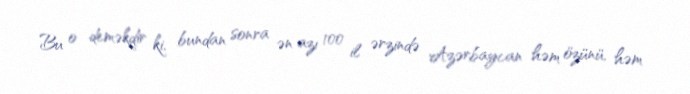
Bu o deməkdir ki, bundan sonra ən azı 100 il ərzində Azərbaycan həm özünü, həm